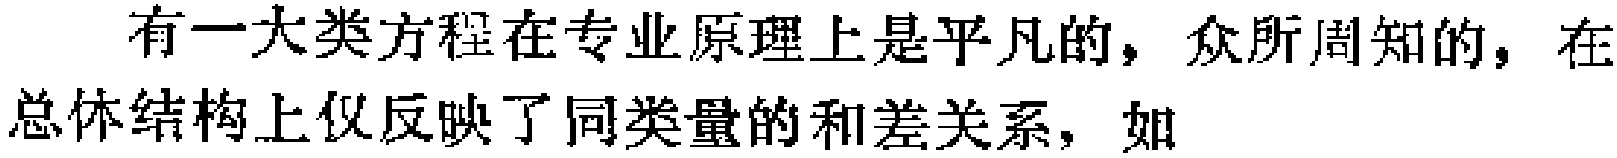
有一大类方程在专业原理上是平凡的，众所周知的，在总体结构上仅反映了同类量的和差关系，如